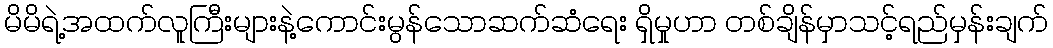
မိမိရဲ့အထက်လူကြီးများနဲ့ကောင်းမွန်သောဆက်ဆံရေး ရှိမှုဟာ တစ်ချိန်မှာသင့်ရည်မှန်းချက်